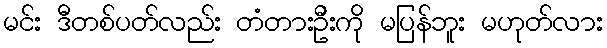
မင်း ဒီတစ်ပတ်လည်း တံတားဦးကို မပြန်ဘူး မဟုတ်လား